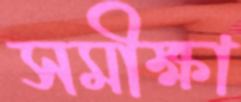
সমীক্ষা